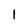
Character: 1